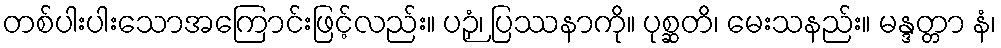
တစ်ပါးပါးသောအကြောင်းဖြင့်လည်း။ ပဉှံ၊ ပြဿနာကို။ ပုစ္ဆတိ၊ မေးသနည်း။ မန္ဒတ္တာ နံ၊